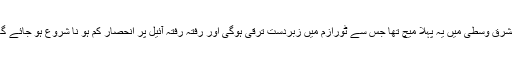
مشرق وسطیٰ میں یہ پہلا میچ تھا جس سے ٹورازم میں زبردست ترقی ہوگی اور رفتہ رفتہ آئیل پر انحصار کم ہو نا شروع ہو جائے گا۔